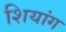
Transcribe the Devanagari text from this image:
शियांग